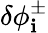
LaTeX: \delta\phi_{\mathbf{i}}^{\pm}